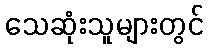
သေဆုံးသူများတွင်